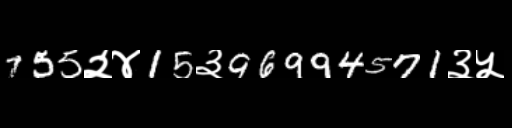
Text: 755२४15३96994571३५